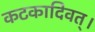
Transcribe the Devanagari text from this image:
कटकादिवत्।